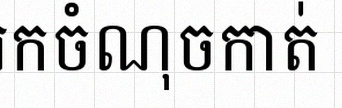
រកចំណុចកាត់